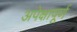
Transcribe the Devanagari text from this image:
अपेक्षापूर्ण